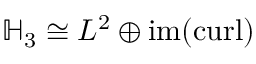
\mathbb { H } _ { 3 } \cong L ^ { 2 } \oplus \operatorname { i m } ( \operatorname { c u r l } )